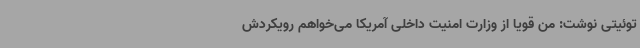
توئیتی نوشت: من قویا از وزارت امنیت داخلی آمریکا می‌خواهم رویکردش